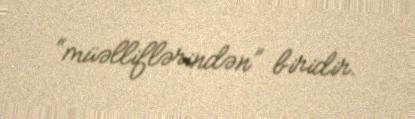
“müəlliflərindən” biridir.